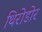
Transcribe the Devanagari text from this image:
थिरोडोर